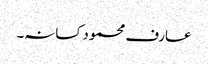
عارف محمود کسانہ۔